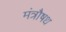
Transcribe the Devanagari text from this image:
मंत्रौषध